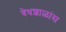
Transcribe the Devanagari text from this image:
वेधशाळांस